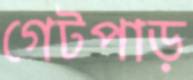
গেটপাড়